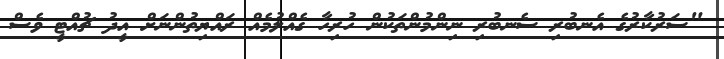
"ސަރުކާރުގެ އެނބުރި ސެނބުރި ނިންމުންތަކުން ހުރިހާ ގެއްލުމެއް ރައްޔިތުންނަށް އީދު ޗުއްޓީ ވެސް